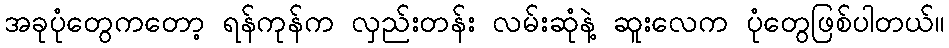
အခုပုံတွေကတော့ ရန်ကုန်က လှည်းတန်း လမ်းဆုံနဲ့ ဆူးလေက ပုံတွေဖြစ်ပါတယ်။